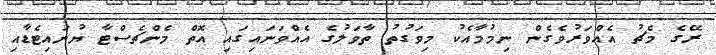
ރޭގެ މެޗު އެއްވަރުވެގެން ނިމުމާއެކު މިވަގުތު ތާވަލުގެ އެއްވަނައިގައި އޮތް މެންޗެސްޓާ ޔުނައިޓެޑާއި